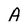
Character: A